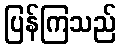
ပြန်ကြသည်